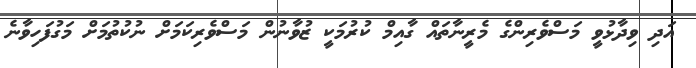
އަދި ވިދާޅުވީ މަސްވެރިންގެ މެރީނާތައް ގާއިމް ކުރުމަކީ ޒުވާނުން މަސްވެރިކަމަށް ނުކުތުމަށް މަގުފަހިވާނެ